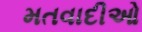
મતવાદીઓ